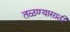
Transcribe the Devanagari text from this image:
तळण्यासाठी